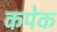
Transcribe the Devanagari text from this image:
कपेक